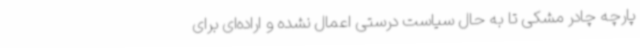
پارچه چادر‌ مشکی تا به حال سیاست درستی اعمال نشده و اراده‌ای برای